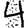
Digit: 4